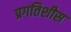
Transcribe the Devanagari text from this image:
प्रगतिशीस